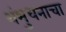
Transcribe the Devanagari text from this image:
शंभुधनाचा